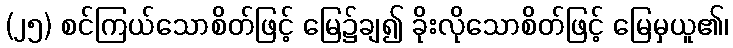
(၂၅) စင်ကြယ်သောစိတ်ဖြင့် မြေ၌ချ၍ ခိုးလိုသောစိတ်ဖြင့် မြေမှယူ၏၊